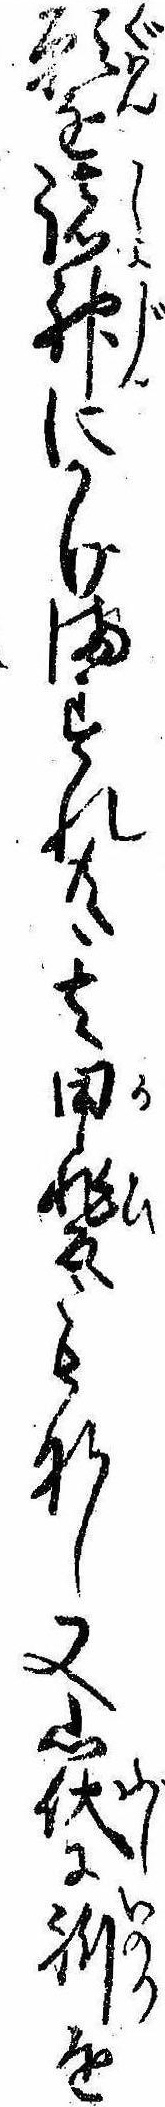
願を諸神にかけますれ共其甲斐もなし又山伏に祈を